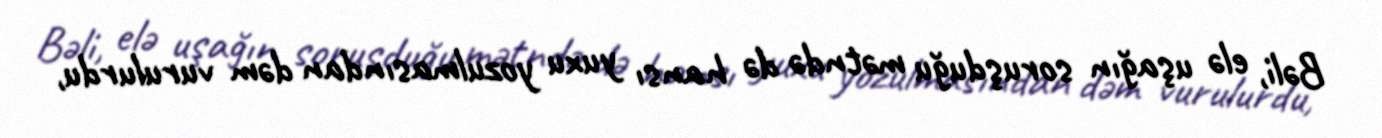
Bəli, elə uşağın soruşduğu mətndə də hansı yuxu yozulmasından dəm vurulurdu,